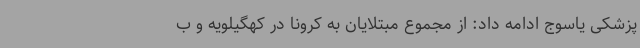
پزشکی یاسوج ادامه داد: از مجموع مبتلایان به کرونا در کهگیلویه و ب